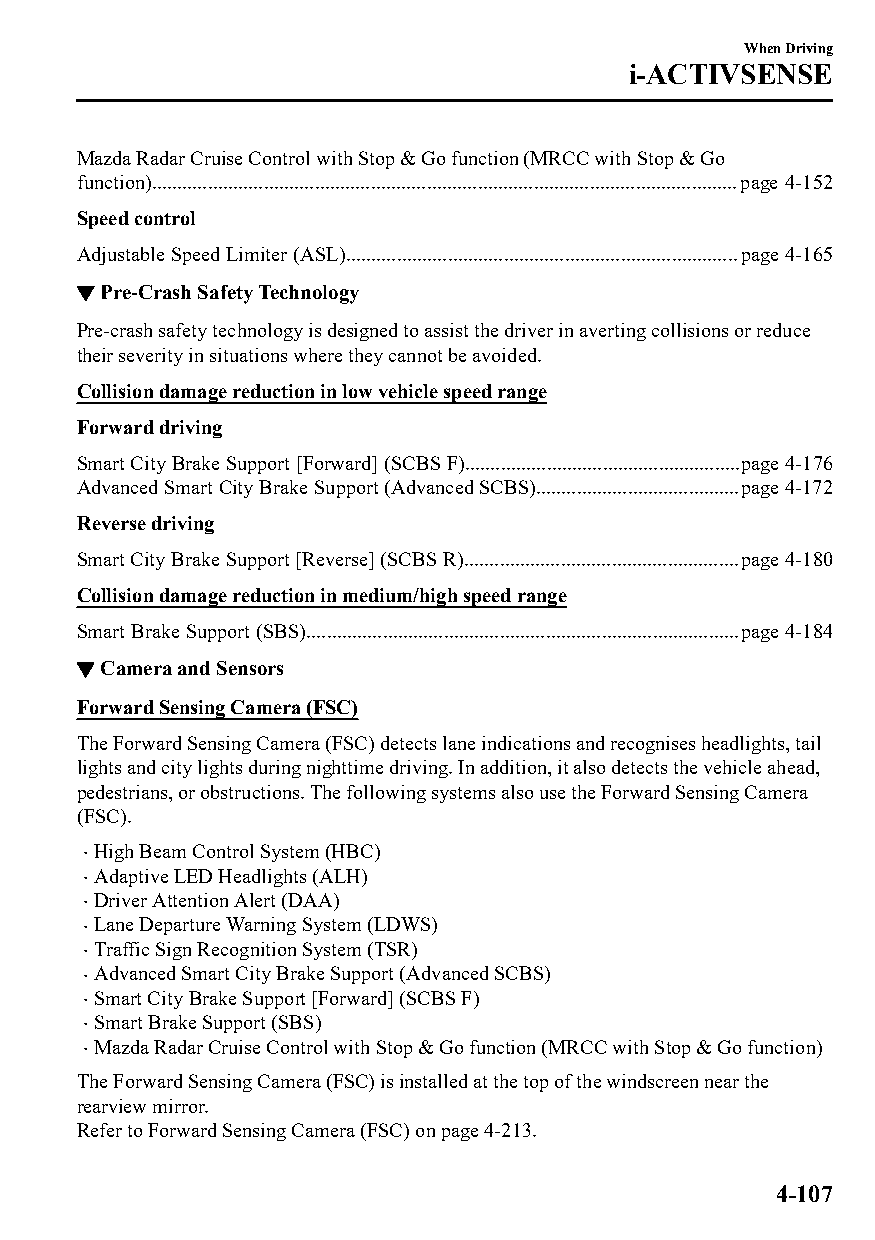
When Driving
 i-ACTIVSENSE
 Mazda Radar Cruise Control with Stop & Go function (MRCC with Stop & Go
 function)...................................................................................................................page 4-152
 Speed control
 Adjustable Speed Limiter (ASL).............................................................................page 4-165
 ▼Pre-Crash Safety Technology
 Pre-crash safety technology is designed to assist the driver in averting collisions or reduce
 their severity in situations where they cannot be avoided.
 Collision damage reduction in low vehicle speed range
 Forward driving
 Smart City Brake Support [Forward] (SCBS F)......................................................page 4-176
 Advanced Smart City Brake Support (Advanced SCBS)........................................page 4-172
 Reverse driving
 Smart City Brake Support [Reverse] (SCBS R)......................................................page 4-180
 Collision damage reduction in medium/high speed range
 Smart Brake Support (SBS).....................................................................................page 4-184
 ▼Camera and Sensors
 Forward Sensing Camera (FSC)
 The Forward Sensing Camera (FSC) detects lane indications and recognises headlights, tail
 lights and city lights during nighttime driving. In addition, it also detects the vehicle ahead,
 pedestrians, or obstructions. The following systems also use the Forward Sensing Camera
 (FSC).
 High Beam Control System (HBC)
 
 Adaptive LED Headlights (ALH)
 
 Driver Attention Alert (DAA)
 
 Lane Departure Warning System (LDWS)
 
 Traffic Sign Recognition System (TSR)
 
 Advanced Smart City Brake Support (Advanced SCBS)
 
 Smart City Brake Support [Forward] (SCBS F)
 
 Smart Brake Support (SBS)
 
 Mazda Radar Cruise Control with Stop & Go function (MRCC with Stop & Go function)
 
 The Forward Sensing Camera (FSC) is installed at the top of the windscreen near the
 rearview mirror.
 Refer to Forward Sensing Camera (FSC) on page 4-213.
 4-107
 CX-3_8GT4-EE-18D_Edition4                  2018-9-6 18:32:19